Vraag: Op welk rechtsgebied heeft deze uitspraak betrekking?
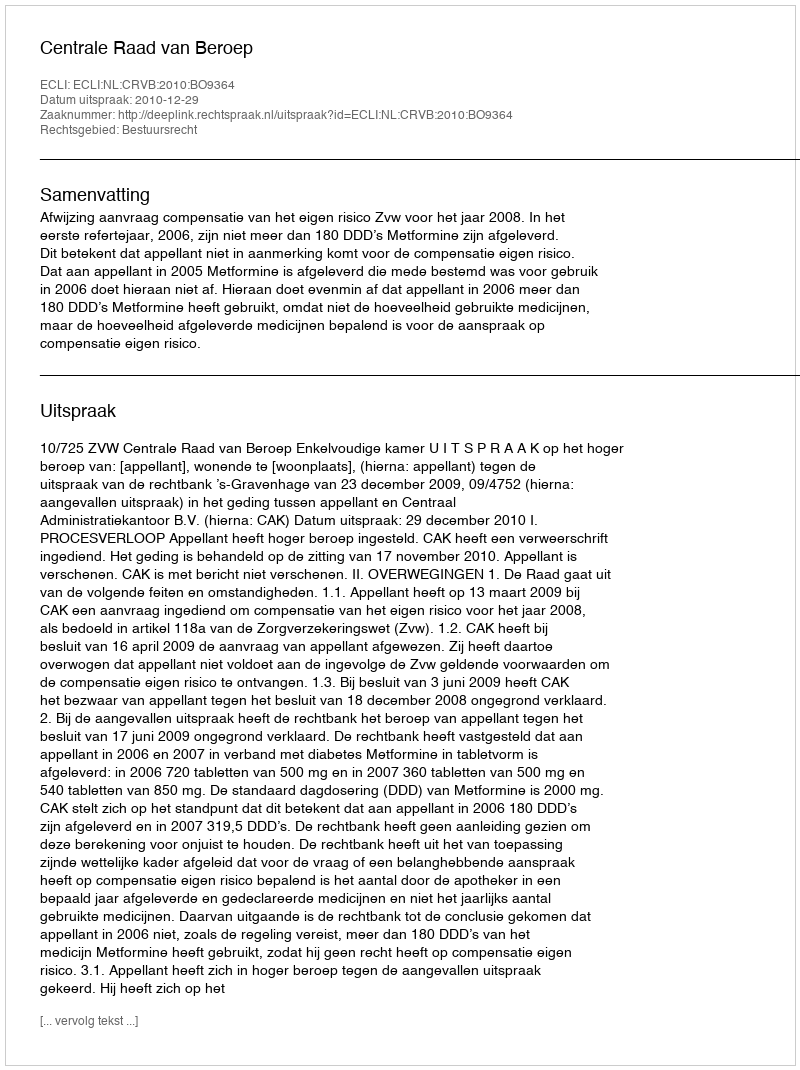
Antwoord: Bestuursrecht